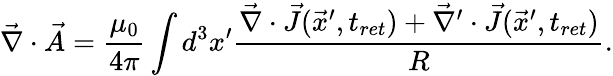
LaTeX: \vec{\nabla}\cdot\vec{A}=\frac{\mu_{0}}{4\pi}\int d^{3}x^{\prime}\frac{\vec{\nabla}\cdot\vec{J}(\vec{x}^{\prime},t_{ret})+\vec{\nabla}^{\prime}\cdot\vec{J}(\vec{x}^{\prime},t_{ret})}{R}.